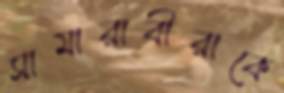
সামারাবীরাকে